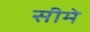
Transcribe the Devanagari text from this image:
सीमे